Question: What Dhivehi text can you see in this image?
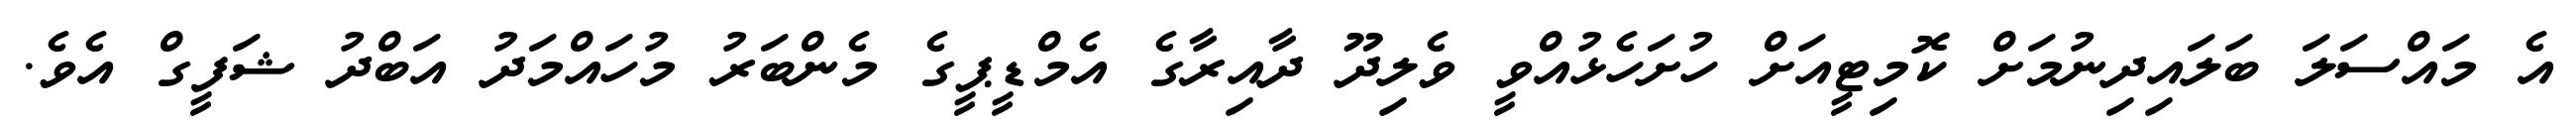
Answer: އެ މައްސަލަ ބަލައިދިނުމަށް ކޮމިޓީއަށް ހުށަހެޅުއްވީ ވެލިދޫ ދާއިރާގެ އެމްޑީޕީގެ މެންބަރު މުހައްމަދު އަބްދު ޝަފީގް އެވެ.